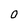
Character: O